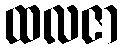
ထလဇာ